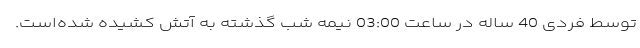
توسط فردی 40 ساله در ساعت 03:00 نیمه شب گذشته به آتش کشیده شده‌است.